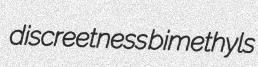
discreetness bimethyls